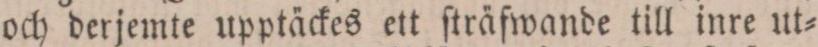
och derjemte upptäckes ett ſträfwande till inre ut=